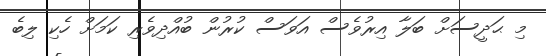
މި ޙަދީސަށް ބަލާ އިރުވެސް އަވަސް ކުރުން ބުއްދިވެރި ކަމަށް ހެކި ލިބެ